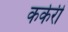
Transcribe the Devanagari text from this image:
कर्करी